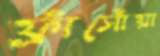
ফ্রাঁসোঁয়া